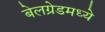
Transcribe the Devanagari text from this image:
बेलग्रेडमध्ये